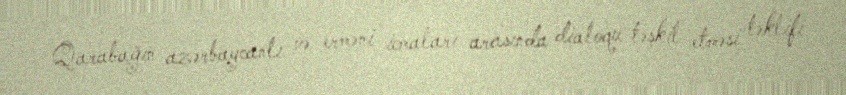
Qarabağın azərbaycanlı və erməni icmaları arasında dialoqu təşkil etməsi təklifi